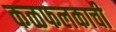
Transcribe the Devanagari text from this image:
कळफलकाची